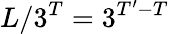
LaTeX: L/3^{T}=3^{T^{\prime}-T}